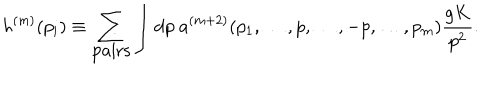
h ^ { ( m ) } ( p _ { i } ) \equiv \sum _ { \mathrm { p a i r s } } \int \mathrm { d } p \ a ^ { ( m + 2 ) } ( p _ { 1 } , \dots , p , \dots , - p , \dots , p _ { m } ) { \frac { g K } { p ^ { 2 } } } .